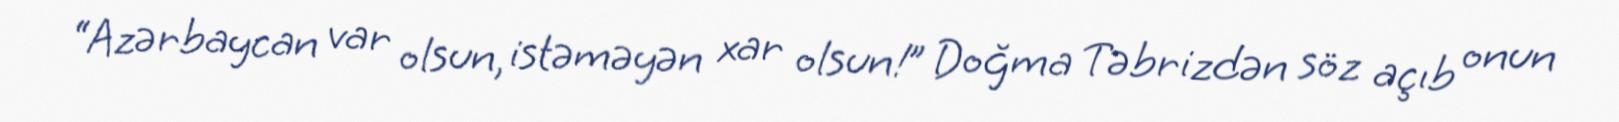
“Azərbaycan var olsun, istəməyən xar olsun!” Doğma Təbrizdən söz açıb onun